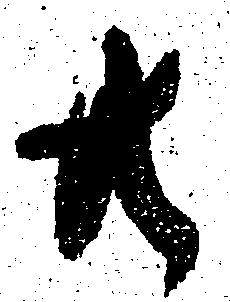
共